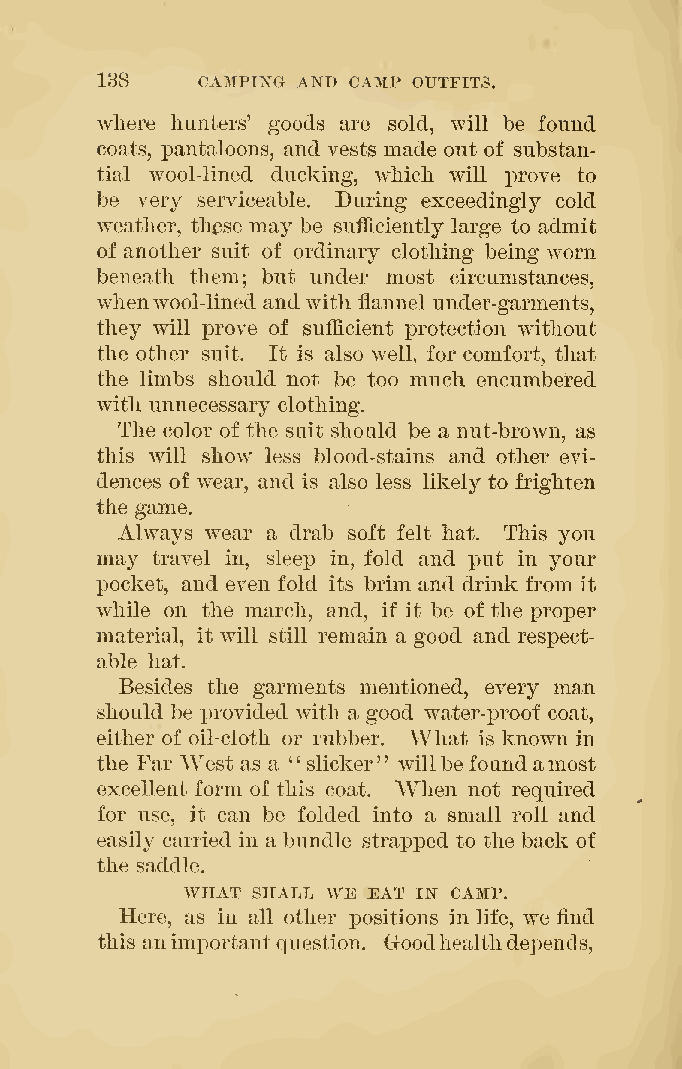
138    CAMPING AND CAMP OUTFITS.
 where hunters' goods are sold, will be found
 coats, pantaloons, and vests made out of substan-
 tial wool-lined ducking, wliich will prove to
 be very serviceable. During exceedingly cold
 weather, tli^se may be sufficiently large to admit
 of another suit of ordinary clothing being worn
 beneath them; but under most circumstances,
 whenwool-lined and with flannel under-garments,
 they will prove of sufficient protection without
 the other suit. It is also well, for comfort, that
 the limbs should not be too much encumbered
 with unnecessary clothing.
 The color of the suit should be a nut-brown, as
 this will show less blood-stains and other evi-
 dences of wear, and is also less likely to frighten
 the game.
 Always wear a drab soft felt hat. This you
 may travel in, sleep in, fold and j)nt in your
 pocket, and even fold its brim and drink from it
 Avhile on the march, and, if it be of the proper
 material, it will still remain a good and respect-
 able hat.
 Besides the garments mentioned, every man
 should be x)rovided with a good water-proof coat,
 either of oil-cloth or rubber. What is known in
 the Far West as a " slicker' willbefoundamost
 '
 excellent form of this coat. When not required
 for use, it can be folded into a small roll and
 easily carried in a bundle strapped to the back of
 the saddle.
 WHAT SHALL WE EAT IN CAMP.
 Here, as in all other positions in life, we find
 this animportantquestion. Goodhealthdepend
 s,